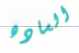
الساده